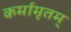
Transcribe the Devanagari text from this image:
कर्मामृतम्